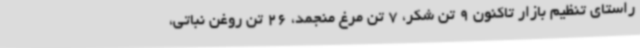
راستای تنظیم بازار تاکنون 9 تن شکر، 7 تن مرغ منجمد، 26 تن روغن نباتی،